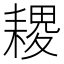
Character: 𦔎